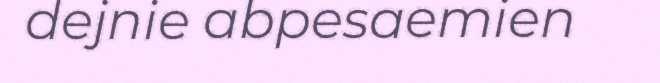
dejnie abpesaemien